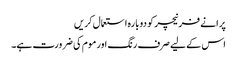
پرانے فرنیچر کو دوبارہ استعمال کریں
اس کے لیے صرف رنگ اور موم کی ضرورت ہے۔